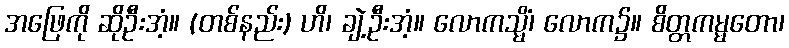
အဖြေကို ဆိုဦးအံ့။ (တစ်နည်း) ဟိ၊ ချဲ့ဦးအံ့။ လောကသ္မိံ၊ လောက၌။ စိတ္တကမ္မတော၊